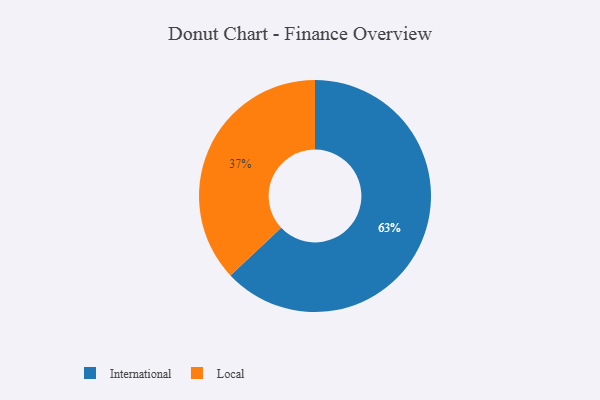
{"axis": {"x": "Category", "y": "Percentage"}, "legend": ["International", "Local"], "data": [{"x": "International", "y": 63, "type": "International"}, {"x": "Local", "y": 37, "type": "Local"}]}